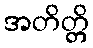
အတိတ္တိ